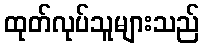
ထုတ်လုပ်သူများသည်